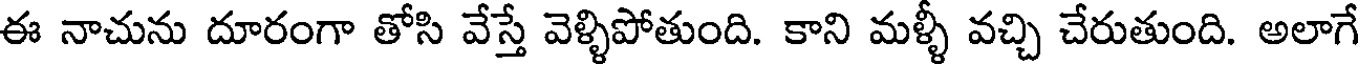
ఈ నాచును దూరంగా తోసి వేస్తే వెళ్ళిపోతుంది. కాని మళ్ళీ వచ్చి చేరుతుంది. అలాగే